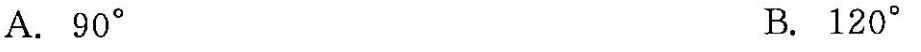
A.90°B.120°